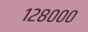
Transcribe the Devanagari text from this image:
१२८०००